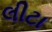
લીટા